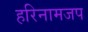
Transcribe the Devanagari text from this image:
हरिनामजप